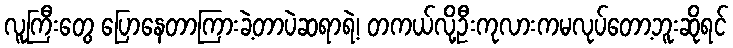
လူကြီးတွေ ပြောနေတာကြားခဲ့တာပဲဆရာရဲ့၊ တကယ်လို့ဦးကုလားကမလုပ်တော့ဘူးဆိုရင်